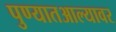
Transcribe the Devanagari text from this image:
पुण्यातआल्यावर